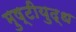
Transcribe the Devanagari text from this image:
मुष्टीयुद्ध